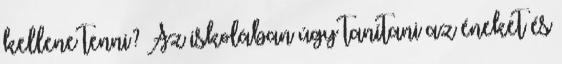
kellene tenni? Az iskolában úgy tanítani az éneket és